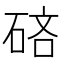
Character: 𰧄